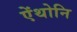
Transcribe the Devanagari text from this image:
ऐंथोनि